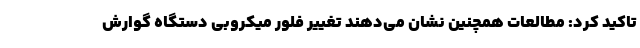
تاکید کرد: مطالعات همچنین نشان می‌دهند تغییر فلور میکروبی دستگاه گوارش